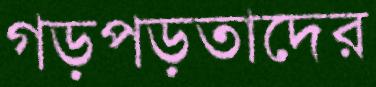
গড়পড়তাদের